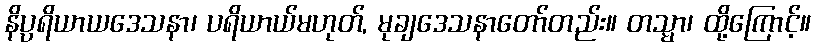
နိပ္ပရိယာယဒေသနာ၊ ပရိယာယ်မဟုတ်, မုချဒေသနာတော်တည်း။ တသ္မာ၊ ထို့ကြောင့်။